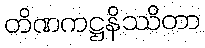
တိဏကဋ္ဌနိဿိတာ